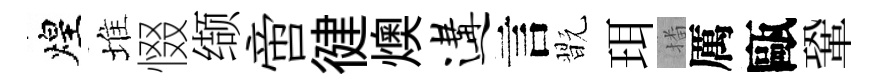
煌堆惙缬啻徤燠遘言翫珥播厲甌鞏